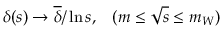
\delta ( s ) \rightarrow \overline { { { \delta } } } / \ln s , \; \; \; ( m \leq \sqrt { s } \leq m _ { W } )